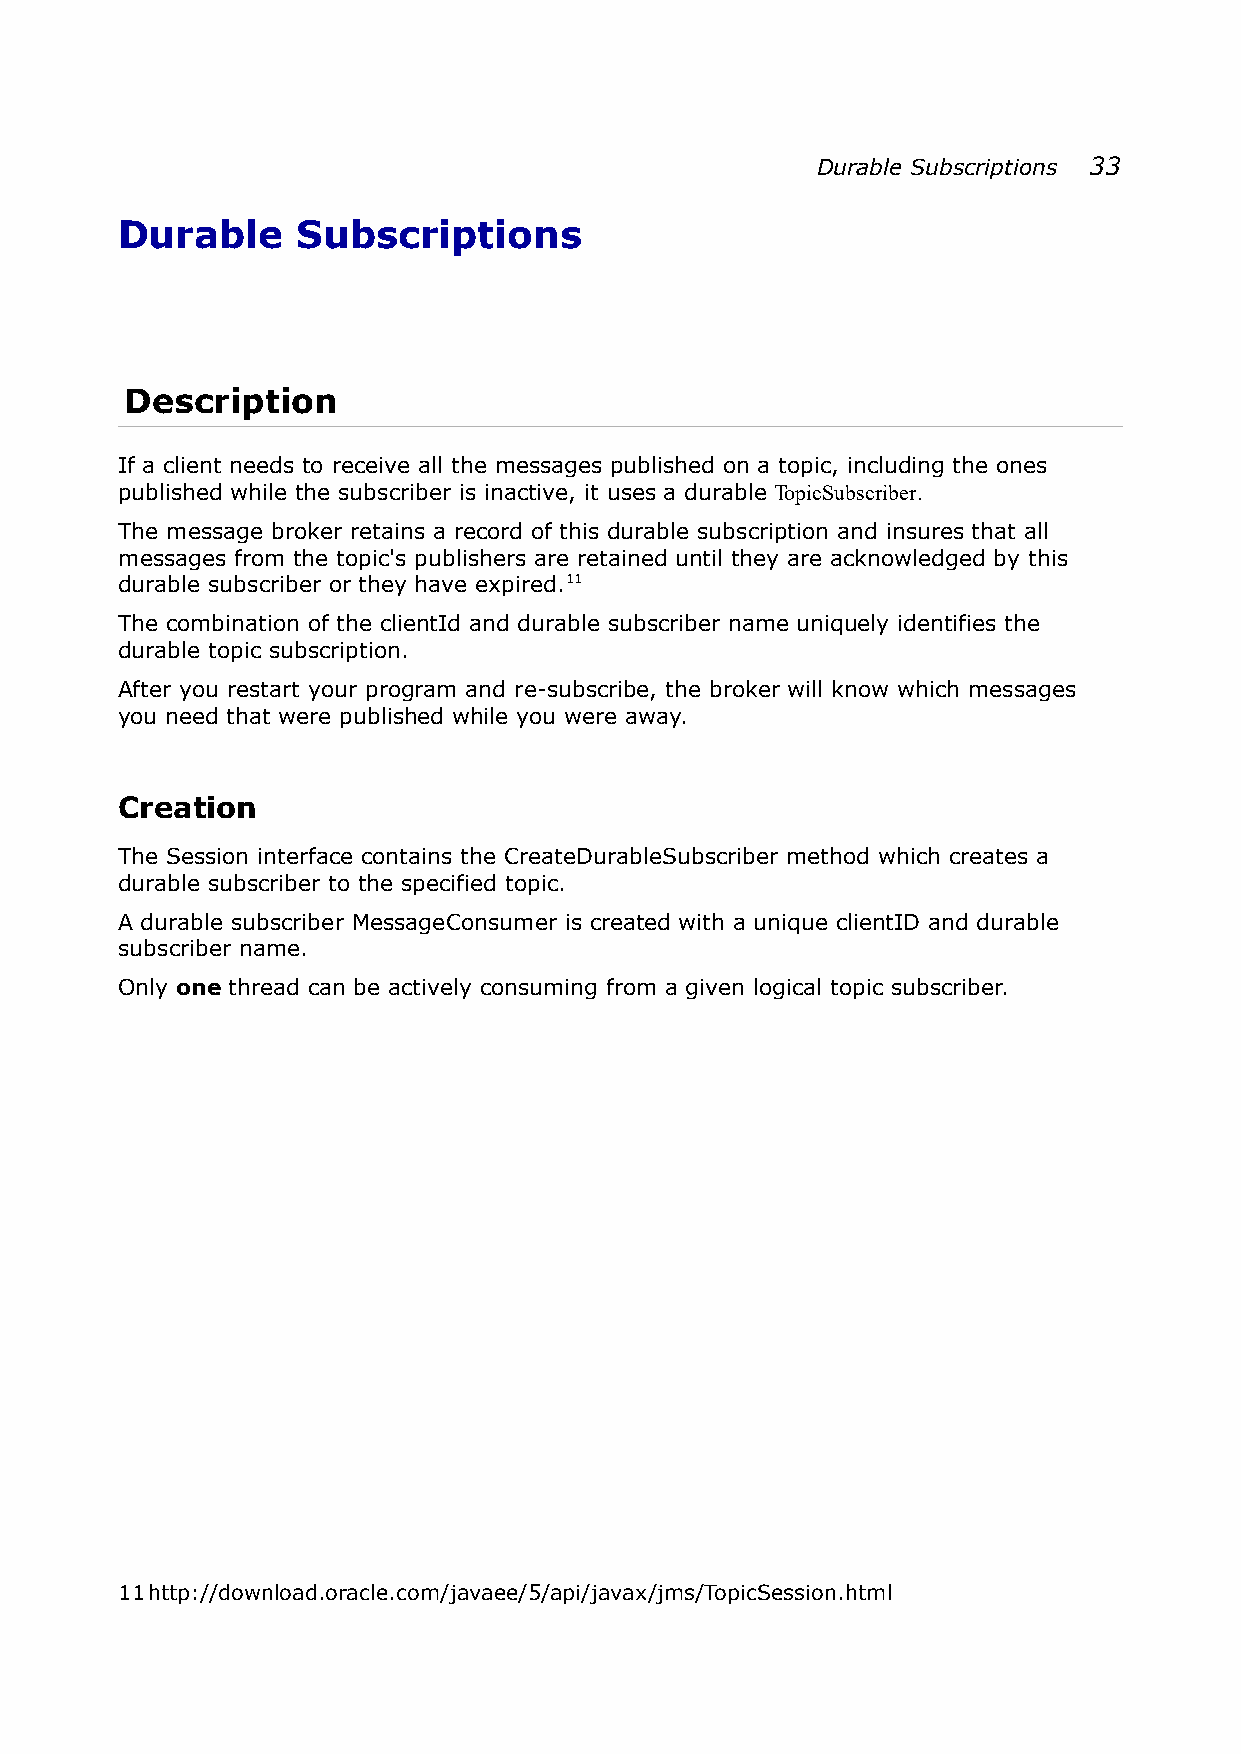
Durable Subscriptions 33
 Durable     Subscriptions
 Description
 If a client needs to receive all the messages published on a topic, including the ones
 published while the subscriber is inactive, it uses a durable TopicSubscriber.
 The message broker retains a record of this durable subscription and insures that all
 messages from the topic's publishers are retained until they are acknowledged by this
 durable subscriber or they have expired.11
 The combination of the clientId and durable subscriber name uniquely identifies the
 durable topic subscription.
 After you restart your program and re-subscribe, the broker will know which messages
 you need that were published while you were away.
 Creation
 The Session interface contains the CreateDurableSubscriber method which creates a
 durable subscriber to the specified topic.
 A durable subscriber MessageConsumer is created with a unique clientID and durable
 subscriber name.
 Only one thread can be actively consuming from a given logical topic subscriber.
 11http://download.oracle.com/javaee/5/api/javax/jms/TopicSession.html